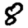
Digit: 8